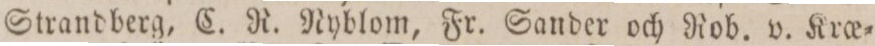
Strandberg, C. R. Nyblom, Fr. Sander och Rob. v. Kro_e=